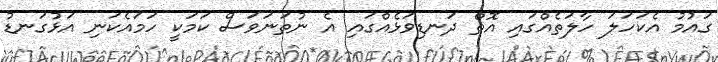
ގައުމު އެކަހަލަ ހާލަތެއްގައި އޮތް ދަނޑިވަޅެއްގައި އެ ނުތަނަވަސް ކަމަކީ ހަމައެކަނި އަޅުގަނޑު